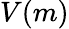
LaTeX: V(m)